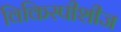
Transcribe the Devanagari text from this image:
विकिस्पीशीज